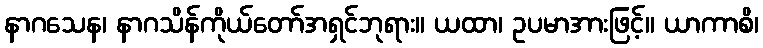
နာဂသေန၊ နာဂသိန်ကိုယ်တော်အရှင်ဘုရား။ ယထာ၊ ဥပမာအားဖြင့်။ ယာကာစိ၊